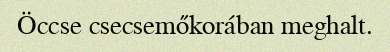
Öccse csecsemőkorában meghalt.